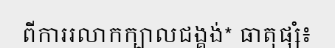
ពីការរលាកក្បាលជង្គង់* ធាតុផ្សំ៖